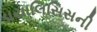
ડાયાલિસિસની